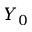
Y _ { 0 }